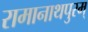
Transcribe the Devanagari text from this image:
रामानाथपुरम्